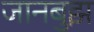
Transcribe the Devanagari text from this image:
जानबुझ